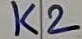
Text: K2